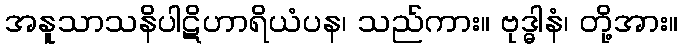
အနူသာသနိပါဋိဟာရိယံပန၊ သည်ကား။ ဗုဒ္ဓါနံ၊ တို့အား။